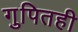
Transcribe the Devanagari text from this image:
गुपितही